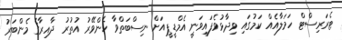
ޓެރަރިސްޓް ހަމަލާއެއް ކަމުގައި ވިދާޅުވެފައިވަނީ އެމްޑީޕީއަށް ނިސްބަތްވާ ހެންވޭރު އުތުރު ދާއިރާގެ މެންބަރު